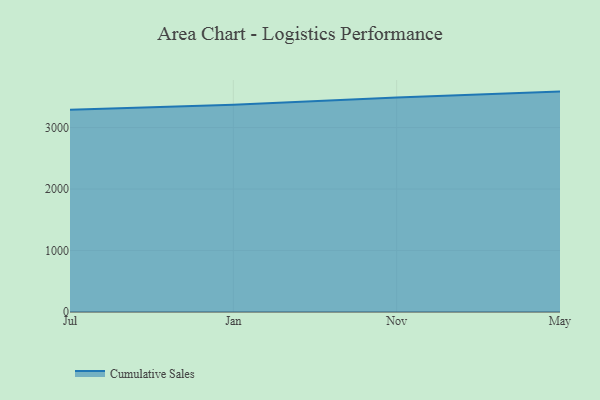
{"axis": {"x": "Month", "y": "Net Income (USD K)"}, "legend": ["Cumulative Sales"], "data": [{"x": "Jul", "y": 3289.6, "type": "Cumulative Sales"}, {"x": "Jan", "y": 3373.0, "type": "Cumulative Sales"}, {"x": "Nov", "y": 3490.1, "type": "Cumulative Sales"}, {"x": "May", "y": 3585.8, "type": "Cumulative Sales"}]}